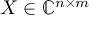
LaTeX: X \in \mathbb { C } ^ { n \times m }